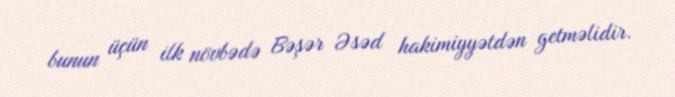
bunun üçün ilk növbədə Bəşər Əsəd hakimiyyətdən getməlidir.